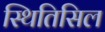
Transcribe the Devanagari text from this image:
स्थितिसिल